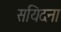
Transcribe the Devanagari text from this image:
सयिदना